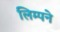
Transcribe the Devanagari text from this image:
लिम्पने